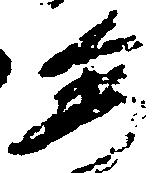
委